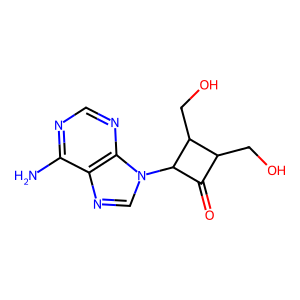
SMILES: Nc1ncnc2c1ncn2C1C(=O)C(CO)C1CO
Inhibits HIV replication: No